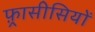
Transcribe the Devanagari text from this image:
फ़्रासीसियों